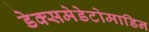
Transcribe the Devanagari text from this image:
डेक्समेडेटोमाडिन